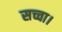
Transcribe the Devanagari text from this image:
सच्चा।